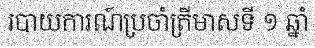
របាយការណ៍ប្រចាំត្រីមាសទី ១ ឆ្នាំ